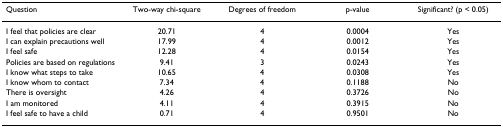
<table><thead><tr><td><b>Question</b></td><td><b>Two-way chi-square</b></td><td><b>Degrees of freedom</b></td><td><b>p-value</b></td><td><b>Significant? (p &lt; 0.05)</b></td></tr></thead><tbody><tr><td>I feel that policies are clear</td><td>20.71</td><td>4</td><td>0.0004</td><td>Yes</td></tr><tr><td>I can explain precautions well</td><td>17.99</td><td>4</td><td>0.0012</td><td>Yes</td></tr><tr><td>I feel safe</td><td>12.28</td><td>4</td><td>0.0154</td><td>Yes</td></tr><tr><td>Policies are based on regulations</td><td>9.41</td><td>3</td><td>0.0243</td><td>Yes</td></tr><tr><td>I know what steps to take</td><td>10.65</td><td>4</td><td>0.0308</td><td>Yes</td></tr><tr><td>I know whom to contact</td><td>7.34</td><td>4</td><td>0.1188</td><td>No</td></tr><tr><td>There is oversight</td><td>4.26</td><td>4</td><td>0.3726</td><td>No</td></tr><tr><td>I am monitored</td><td>4.11</td><td>4</td><td>0.3915</td><td>No</td></tr><tr><td>I feel safe to have a child</td><td>0.71</td><td>4</td><td>0.9501</td><td>No</td></tr></tbody></table>